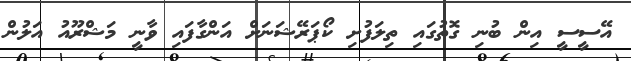
އޭސީސީ އިން ބުނި ގޮތުގައި ތިލަފުށި ކޯޕަރޭޝަނަށް އަންގާފައި ވާނީ މަޝްރޫއު އަލުން